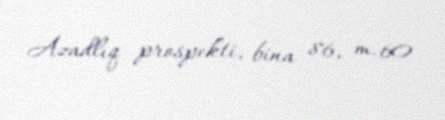
Azadlıq prospekti, bina 86, m. 60